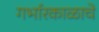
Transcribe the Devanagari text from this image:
गर्भारकाळाचे